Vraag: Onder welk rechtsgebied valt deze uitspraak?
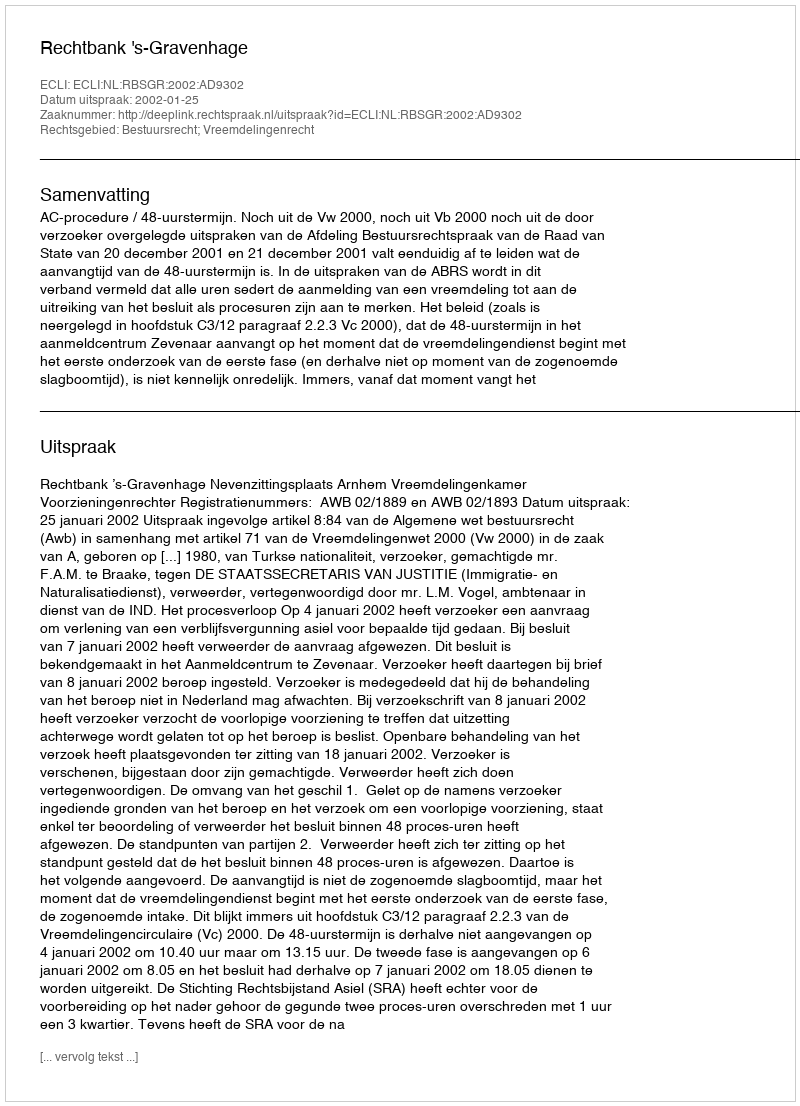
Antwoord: Bestuursrecht; Vreemdelingenrecht